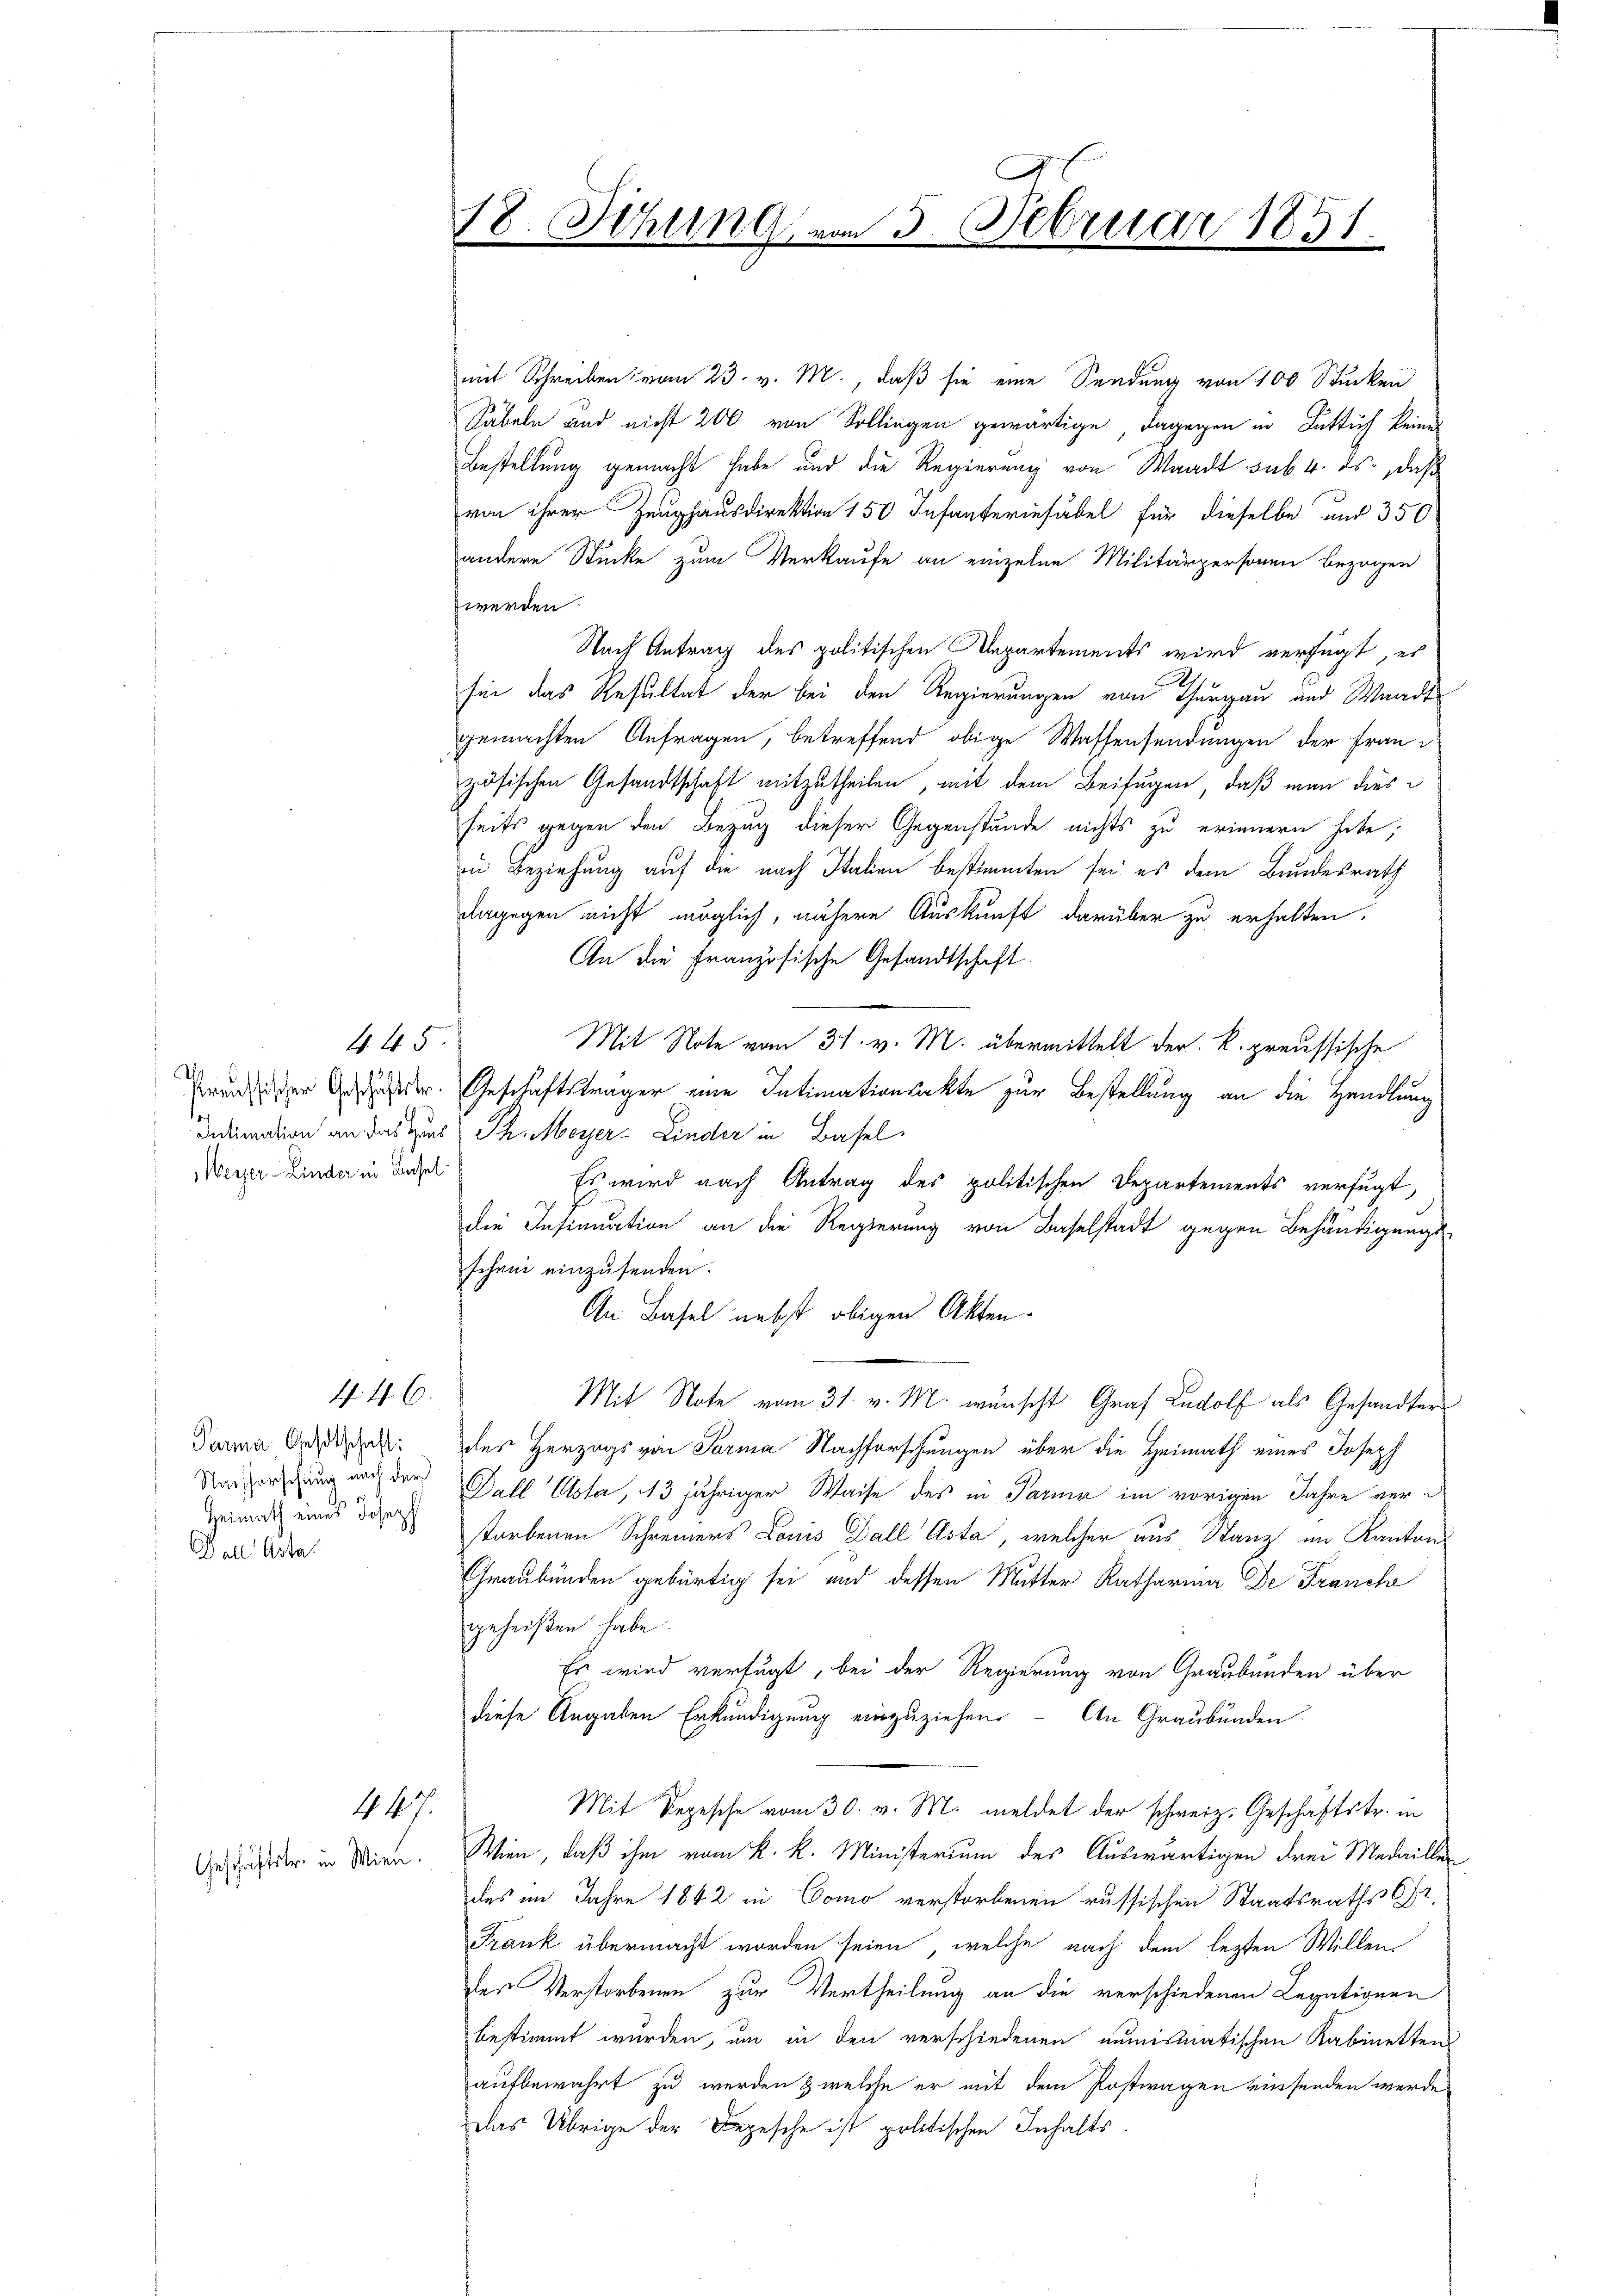
Preussischer Geschäftstr.
Intimation an das Haus
Weyer-Linder in Basel

Parma Oestschaft:
Nachforschung nach der
Heimath eines Joseph
Dall Asta.

4. 45

4.C.

447.

Geschäftster in Wien.

18. Sitzung vom 5. Februar 1851.

mit Schreiben vom 23. v. M., daß sie eine Sendung von 100 Stücken
Säbeln und nicht 200 von Sollingen gewärtige, dagegen in Rüttich keiner
Bestellung gemacht habe und die Regierung von Waadt sub 4. ds., daß
von ihrer Zeughausdirektion 150 Infanterinfabel für dieselbe und 350
andere Stücke zum Verkaufe an einzelne Militärpersonen bezogen
werden.
Nach Antrag des politischen Departements wird verfügt, es
sei das Resultat der bei den Regierungen von Thurgau und Waadt
gemachten Anfragen, betreffend obige Wassensendungen der Frau
zösischen Gesandtschaft mitzutheilen, mit dem Beifügen, daß man diese
seits gegen den Bezug dieser Gegenstände nichts zu erinnern habe;
in Beziehung auf die nach Italien bestimmten sei es dem Bundesrath
dagegen nicht möglich, nähere Auskunft darüber zu erhalten.
An die französische Gesandtschaft.
Mit Note vom 31. v. M. übermittelt der k. preussische
Geschäftsträger eine Intimationsakte zur Bestellung an die Handlung
Th. Meyer-Linder in Basel
Es wird nach Antrag des politischen Departements verfügt,
die Insinuation an die Regierung von Baselstadt gegen Behändigungs-
schein einzusenden.
An Basel nebst obigen Akten.
Mit Note vom 31. v. M. wünscht Graf Rudolf als Gesandter
des Herzogs von Parma Nachforschungen über die Heimath eines Joseph
Dall Osta, 13 jähriger Waise des in Parma im vorigen Jahre verstorbenen Schreiners Louis Dall Asta, welcher aus Stanz im Kanton
Graubünden gebürtig sei und dessen Mutter Katharina De Franche
geheißen habe.
Es wird verfügt, bei der Regierung von Graubünden über
diese Angaben Erkundigung einzuziehen. - An Graubünden.
Mit Repesche vom 30. v. M. meldet der schweiz. Geschäftstr. in
Wien, daß ihm vom k. k. Ministerium des Auswärtigen drei Medailler
des im Jahre 1842 in Como verstorbenen russischen Staatsraths Chr
Frank übermacht worden seien, welche nach dem lezten Willen
des Verstorbenen zur Vertheilung an die verschiedenen Legationen
bestimmt wurden, um in den verschiedenen numismatischen Kabinetten
aufbewahrt zu werden & welche er mit dem Postwagen einsenden werde
das Übrige der Depesche ist politischen Inhalts¬